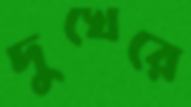
দুখেরে